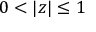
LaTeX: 0 < | z | \leq 1